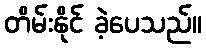
တိမ်းနိုင် ခဲ့ပေသည်။